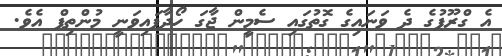
އެ ގްރޫޕުގެ ދެ ވަނައިގެ ގޮތުގައި ސެމީން ޖާގަ ހޯދާފައިވަނީ މުންތިފް އެވެ.